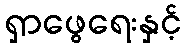
ရှာဖွေရေးနှင့်